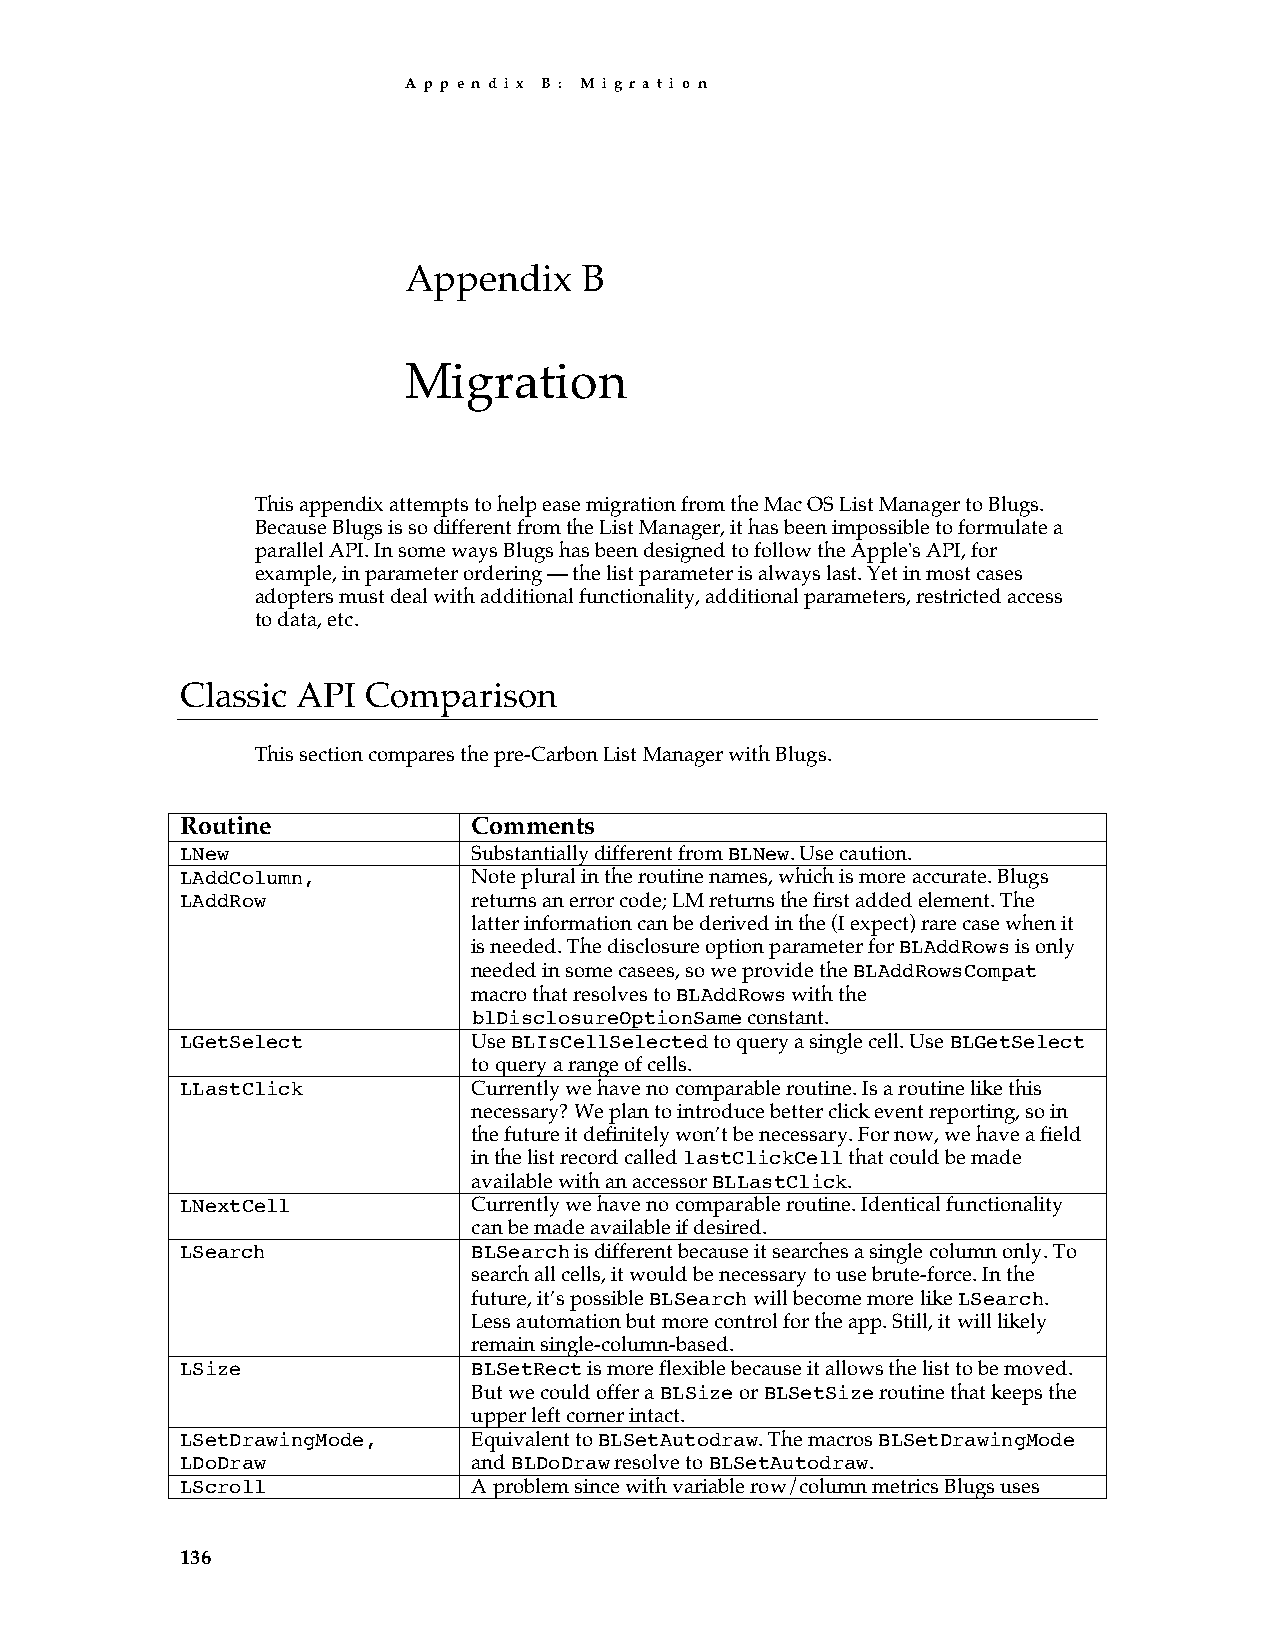
A p p e n d i x B : M i g r a t i o n
 Appendix    B
 Migration
 This appendix attempts to help ease migration from the Mac OS List Manager to Blugs.
 Because Blugs is so different from the List Manager, it has been impossible to formulate a
 parallel API. In some ways Blugs has been designed to follow the Apple's API, for
 example, in parameter ordering — the list parameter is always last. Yet in most cases
 adopters must deal with additional functionality, additional parameters, restricted access
 to data, etc.
 Classic API Comparison
 This section compares the pre-Carbon List Manager with Blugs.
 Routine            Comments
 LNew               Substantially different from BLNew. Use caution.
 LAddColumn,        Note plural in the routine names, which is more accurate. Blugs
 LAddRow            returns an error code; LM returns the first added element. The
 latter information can be derived in the (I expect) rare case when it
 is needed. The disclosure option parameter for BLAddRows is only
 needed in some casees, so we provide the BLAddRowsCompat
 macro that resolves to BLAddRows with the
 blDisclosureOptionSame constant.
 LGetSelect         Use BLIsCellSelected to query a single cell. Use BLGetSelect
 to query a range of cells.
 LLastClick         Currently we have no comparable routine. Is a routine like this
 necessary? We plan to introduce better click event reporting, so in
 the future it definitely won’t be necessary. For now, we have a field
 in the list record called lastClickCell that could be made
 available with an accessor BLLastClick.
 LNextCell          Currently we have no comparable routine. Identical functionality
 can be made available if desired.
 LSearch            BLSearch is different because it searches a single column only. To
 search all cells, it would be necessary to use brute-force. In the
 future, it’s possible BLSearch will become more like LSearch.
 Less automation but more control for the app. Still, it will likely
 remain single-column-based.
 LSize              BLSetRect is more flexible because it allows the list to be moved.
 But we could offer a BLSize or BLSetSize routine that keeps the
 upper left corner intact.
 LSetDrawingMode,   Equivalent to BLSetAutodraw. The macros BLSetDrawingMode
 LDoDraw            and BLDoDraw resolve to BLSetAutodraw.
 LScroll            A problem since with variable row/column metrics Blugs uses
 136